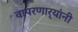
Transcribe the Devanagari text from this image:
वापरणार्‍यांनी